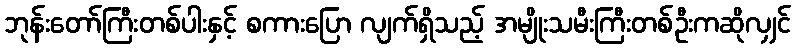
ဘုန်းတော်ကြီးတစ်ပါးနှင့် စကားပြော လျက်ရှိသည့် အမျိုးသမီးကြီးတစ်ဦးကဆိုလျှင်